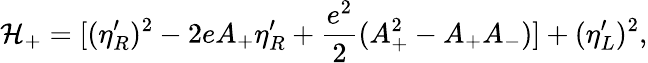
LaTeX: {\cal H}_{+}=[(\eta_{R}^{\prime})^{2}-2eA_{+}\eta_{R}^{\prime}+{\frac{e^{2}}{2}}(A_{+}^{2}-A_{+}A_{-})]+(\eta_{L}^{\prime})^{2},